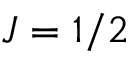
J = 1 / 2